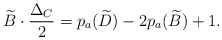
\begin{align*}\widetilde{B}\cdot \frac{\Delta_C}{2}=p_a(\widetilde{D})-2p_a(\widetilde{B})+1.\end{align*}